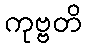
ကုဗ္ဗတိ